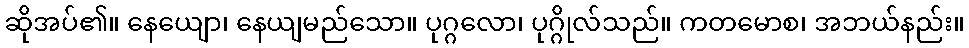
ဆိုအပ်၏။ နေယျော၊ နေယျမည်သော။ ပုဂ္ဂလော၊ ပုဂ္ဂိုလ်သည်။ ကတမောစ၊ အဘယ်နည်း။